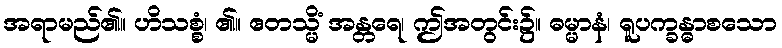
အရာမည်၏။ ဟိသစ္စံ၊ ၏။ ဧတသ္မိံ အန္တရေ၊ ဤအတွင်း၌။ ဓမ္မာနံ၊ ရူပက္ခန္ဓာစသော